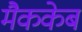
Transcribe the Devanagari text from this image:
मैककेब